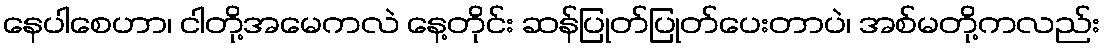
နေပါစေဟာ၊ ငါတို့အမေကလဲ နေ့တိုင်း ဆန်ပြုတ်ပြုတ်ပေးတာပဲ၊ အစ်မတို့ကလည်း